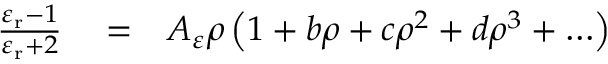
\begin{array} { r l r } { \frac { \varepsilon _ { \mathrm { r } } - 1 } { \varepsilon _ { \mathrm { r } } + 2 } } & { { } = } & { A _ { \varepsilon } \rho \left( 1 + b \rho + c \rho ^ { 2 } + d \rho ^ { 3 } + \ldots \right) } \end{array}